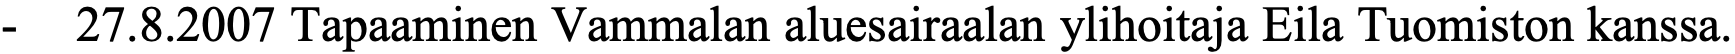
-  27.8.2007 Tapaaminen Vammalan aluesairaalan ylihoitaja Eila Tuomiston kanssa.